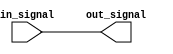
module non_inverting_buffer(
    input in_signal,
    output out_signal
);

assign out_signal = in_signal;

endmodule